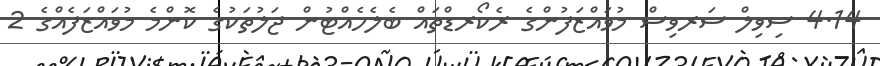
4.14 ސިވިލް ސަރވިސް މުވައްޒަފުންގެ ރެކޯރޑްތައް ބެލެހެއްޓުން ޖަލުތަކުގެ ކޮންމެ މުވައްޒަފެއްގެ 2